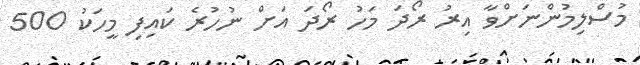
މުސްލިމުންނަށްވާ އިރު ރޯދަ މަހު ރޯދަ އަށް ނުހުރެ ކައިފި މީހަކު 500